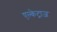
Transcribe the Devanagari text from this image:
एल्केट्राज़